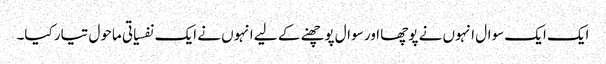
ایک ایک سوال انہوں نے پوچھا اور سوال پوچھنے کے لیے انہوں نے ایک نفسیاتی ماحول تیار کیا۔